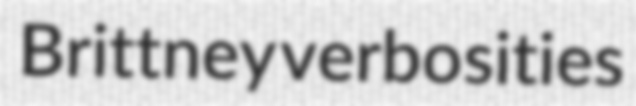
Brittney verbosities